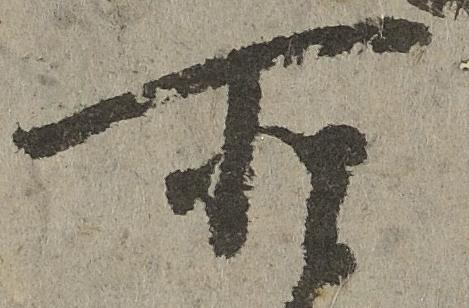
所